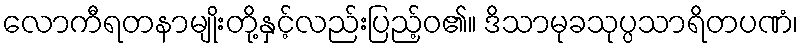
လောကီရတနာမျိုးတို့နှင့်လည်းပြည့်ဝ၏။ ဒိသာမုခသုပ္ပသာရိတပဏံ၊